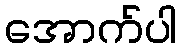
အောက်ပါ